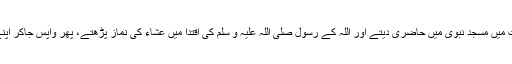
محبت ہی کی وجہ سے وہ روزانہ رات میں مسجدِ نبوی میں حاضری دیتے اور اللہ کے رسول صلی اللہ علیہ و سلم کی اقتدا میں عشاء کی نماز پڑھتے، پھر واپس جاکر اپنے محلے کی مسجد میں امامت کرتے۔